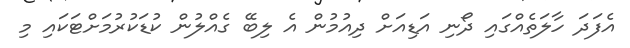
އެފަދަ ހާލަތެއްގައި ދޯނި އަޑިއަށް ދިއުމުން އެ ލިބޭ ގެއްލުން ކުޑަކުރުމަށްޓަކައި މި